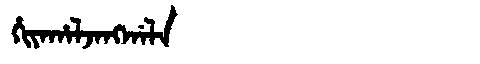
Manchu: ᡥᡳᠶᠠᡥᠠᠯᠵᠠᠩᡤᠠᠯᠠ
Romanization: HIYAHALJANGGALA